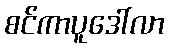
စင်ကာပူဒေါ်လာ